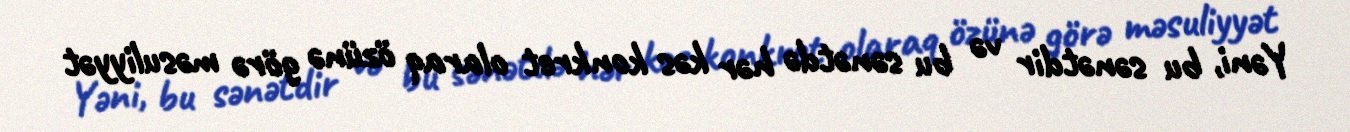
Yəni, bu sənətdir və bu sənətdə hər kəs konkret olaraq özünə görə məsuliyyət